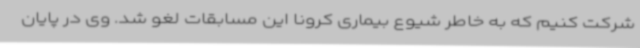
شرکت کنیم که به خاطر شیوع بیماری کرونا این مسابقات لغو شد. وی در پایان